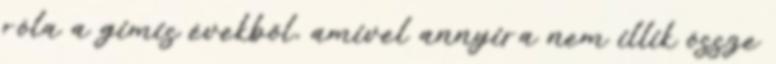
róla a gimis évekből, amivel annyira nem illik össze